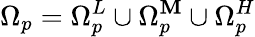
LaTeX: \Omega_{p}=\Omega_{p}^{L}\cup\Omega_{p}^{\mathbf{M}}\cup\Omega_{p}^{H}